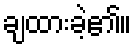
ချထားခဲ့၏။